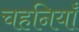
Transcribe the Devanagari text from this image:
चहनियाँ